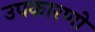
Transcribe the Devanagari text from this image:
उपकारणों